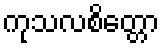
ကုသလစိတ္တော